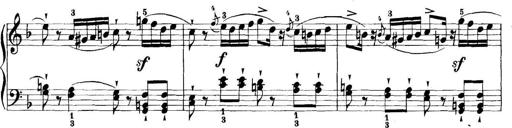
Title: 11 Sonatinas
Composer: Anton Diabelli